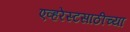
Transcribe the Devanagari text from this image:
एव्हरेस्टसाठीच्या